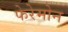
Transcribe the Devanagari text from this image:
फेरेमोन